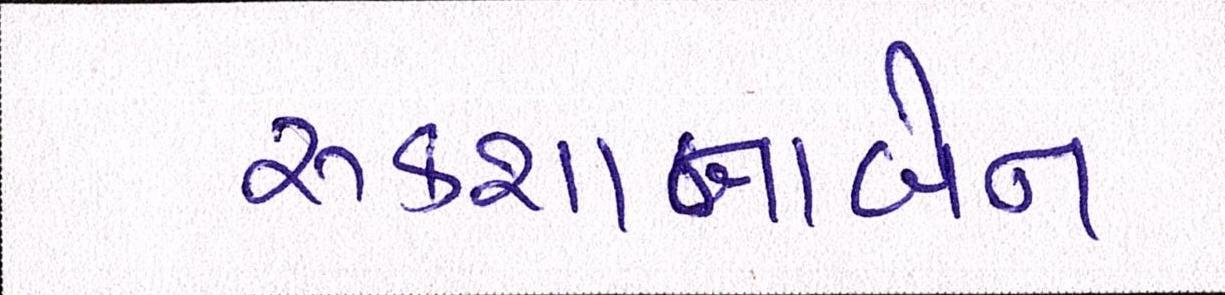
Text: રૂકશાનાબેન